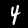
Label: 4